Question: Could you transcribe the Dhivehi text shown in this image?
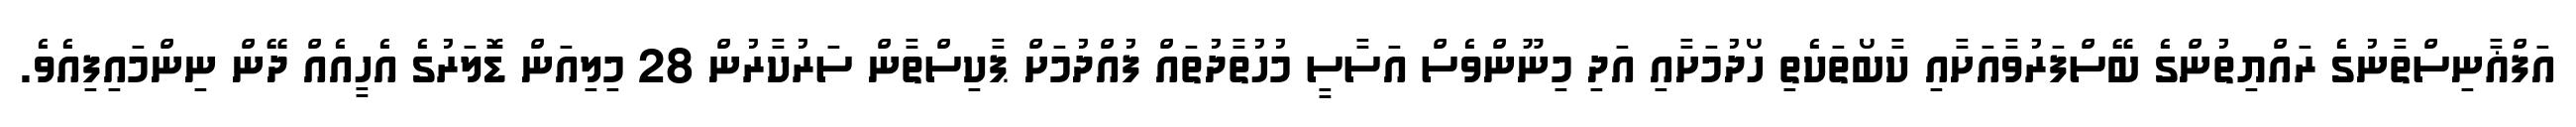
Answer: އަފްޣާނިސްތާނުގެ ރައްޔިތުންގެ ބޭސްފަރުވާއަށާއި ކާބޯތަކެތި ހޯދުމަށާއި އަދި މިނޫންވެސް އަސާސީ މުހުތާދުތައް ފުއްދުމަށް ޕާކިސްތާން ސަރުކާރުން 28 މިލިއަން ޑޮލަރުގެ އެހީއެއް ދޭން ނިންމައިފިއެވެ.